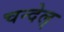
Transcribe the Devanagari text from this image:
चन्देल्